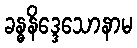
ခန္ဓနိဒ္ဒေသောနာမ